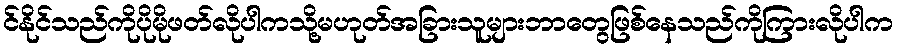
င်နိုင်သည်ကိုပိုမိုဖတ်လိုပါကသို့မဟုတ်အခြားသူများဘာတွေဖြစ်နေသည်ကိုကြားလိုပါက